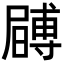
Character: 𭕶